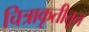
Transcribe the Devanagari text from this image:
चित्राकृतीतून